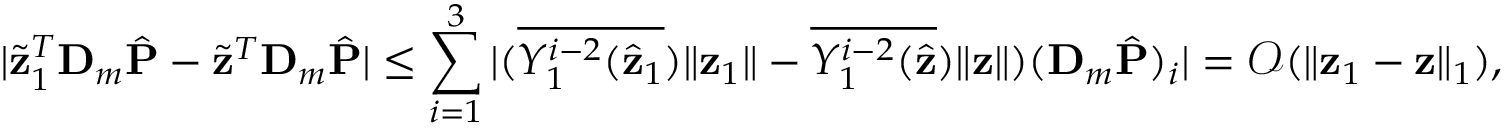
| \widetilde { \mathbf z } _ { 1 } ^ { T } \mathbf D _ { m } \hat { \mathbf P } - \widetilde { \mathbf z } ^ { T } \mathbf D _ { m } \hat { \mathbf P } | \leq \sum _ { i = 1 } ^ { 3 } | ( { \overline { { Y _ { 1 } ^ { i - 2 } ( \hat { \mathbf { z } } _ { 1 } } } ) \| \mathbf { z } _ { 1 } \| } - { \overline { { Y _ { 1 } ^ { i - 2 } ( \hat { \mathbf { z } } } } ) \| \mathbf { z } \| } ) ( \mathbf D _ { m } \hat { \mathbf P } ) _ { i } | = \mathcal { O } ( \| \mathbf { z } _ { 1 } - \mathbf { z } \| _ { 1 } ) ,